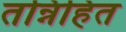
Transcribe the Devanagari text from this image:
तन्निहित